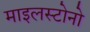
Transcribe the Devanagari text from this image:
माइलस्टोनो